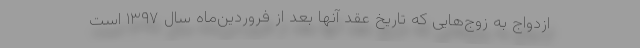
ازدواج به زوج‌هایی که تاریخ عقد آنها بعد از فروردین‌ماه سال ۱۳۹۷ است